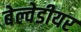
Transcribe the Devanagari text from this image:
बेल्वेडीयर